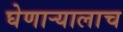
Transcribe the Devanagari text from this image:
घेणार्‍यालाच